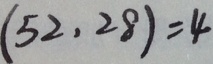
( 5 2 , 2 8 ) = 4